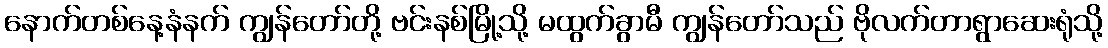
နောက်တစ်နေ့နံနက် ကျွန်တော်တို့ ဗင်းနစ်မြို့သို့ မထွက်ခွာမီ ကျွန်တော်သည် ဗိုလက်တာရွာဆေးရုံသို့